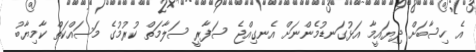
އެ ހިސާބަށް ދިޔައީމާ އަޅުގަނޑުމެންނަށް އެނގިއްޖެ ސަފާރީ ސަލާމަތް ކުރުމުގެ މަސައްކަތް ކާމިޔާބު